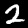
Label: 2